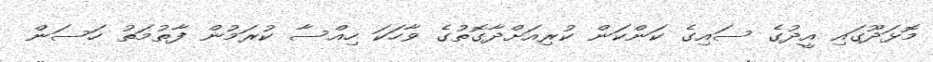
މޮޅަދޫގައި އީދުގެ ސައިގެ ކަންކަން ކުރިއަށްދާގޮތުގެ ވާހަކަ ހިއްސާ ކުރަމުން ފާތުމަތު ހަސަން